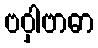
ဗဝှါဗာဓာ